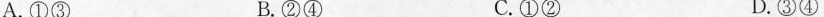
A.①③ B.②④ C.①② D.③④